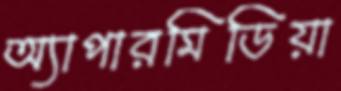
অ্যাপারমিডিয়া